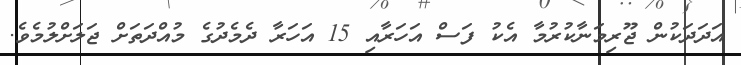
އަދަދަކުން ޖޫރިމަނާކުރުމާ އެކު ފަސް އަހަރާއި 15 އަހަރާ ދެމެދުގެ މުއްދަތަށް ޖަލަށްލުމެވެ.